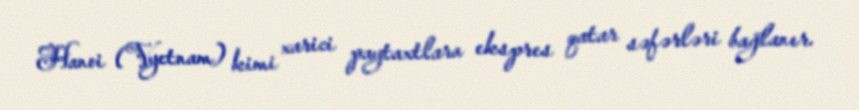
Hanoi (Vyetnam) kimi xarici paytaxtlara ekspres qatar səfərləri bağlanır.